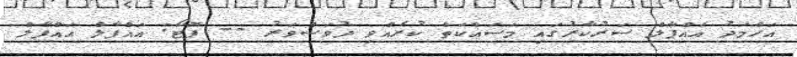
އަހްމަދު އައްފާލް ސަރުކާރުގައި މަސައްކަތް ކުރެއްވި ދުވަސްވަރު -- ފޮޓޯ: އައްފާލް އައްފާލް